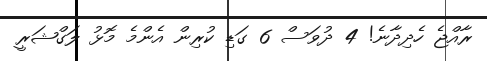
ރާއްޖެ ހެދިދާނެ! 4 ދުވަސް 6 ގަޑި ކުރިން އެންމެ މޮޅު ލަގްޝަރީ